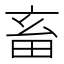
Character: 畜